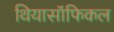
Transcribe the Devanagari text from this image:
थियासॉफिकल